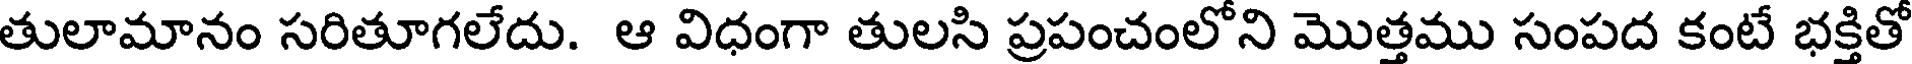
తులామానం సరితూగలేదు. ఆ విధంగా తులసి ప్రపంచంలోని మొత్తము సంపద కంటే భక్తితో